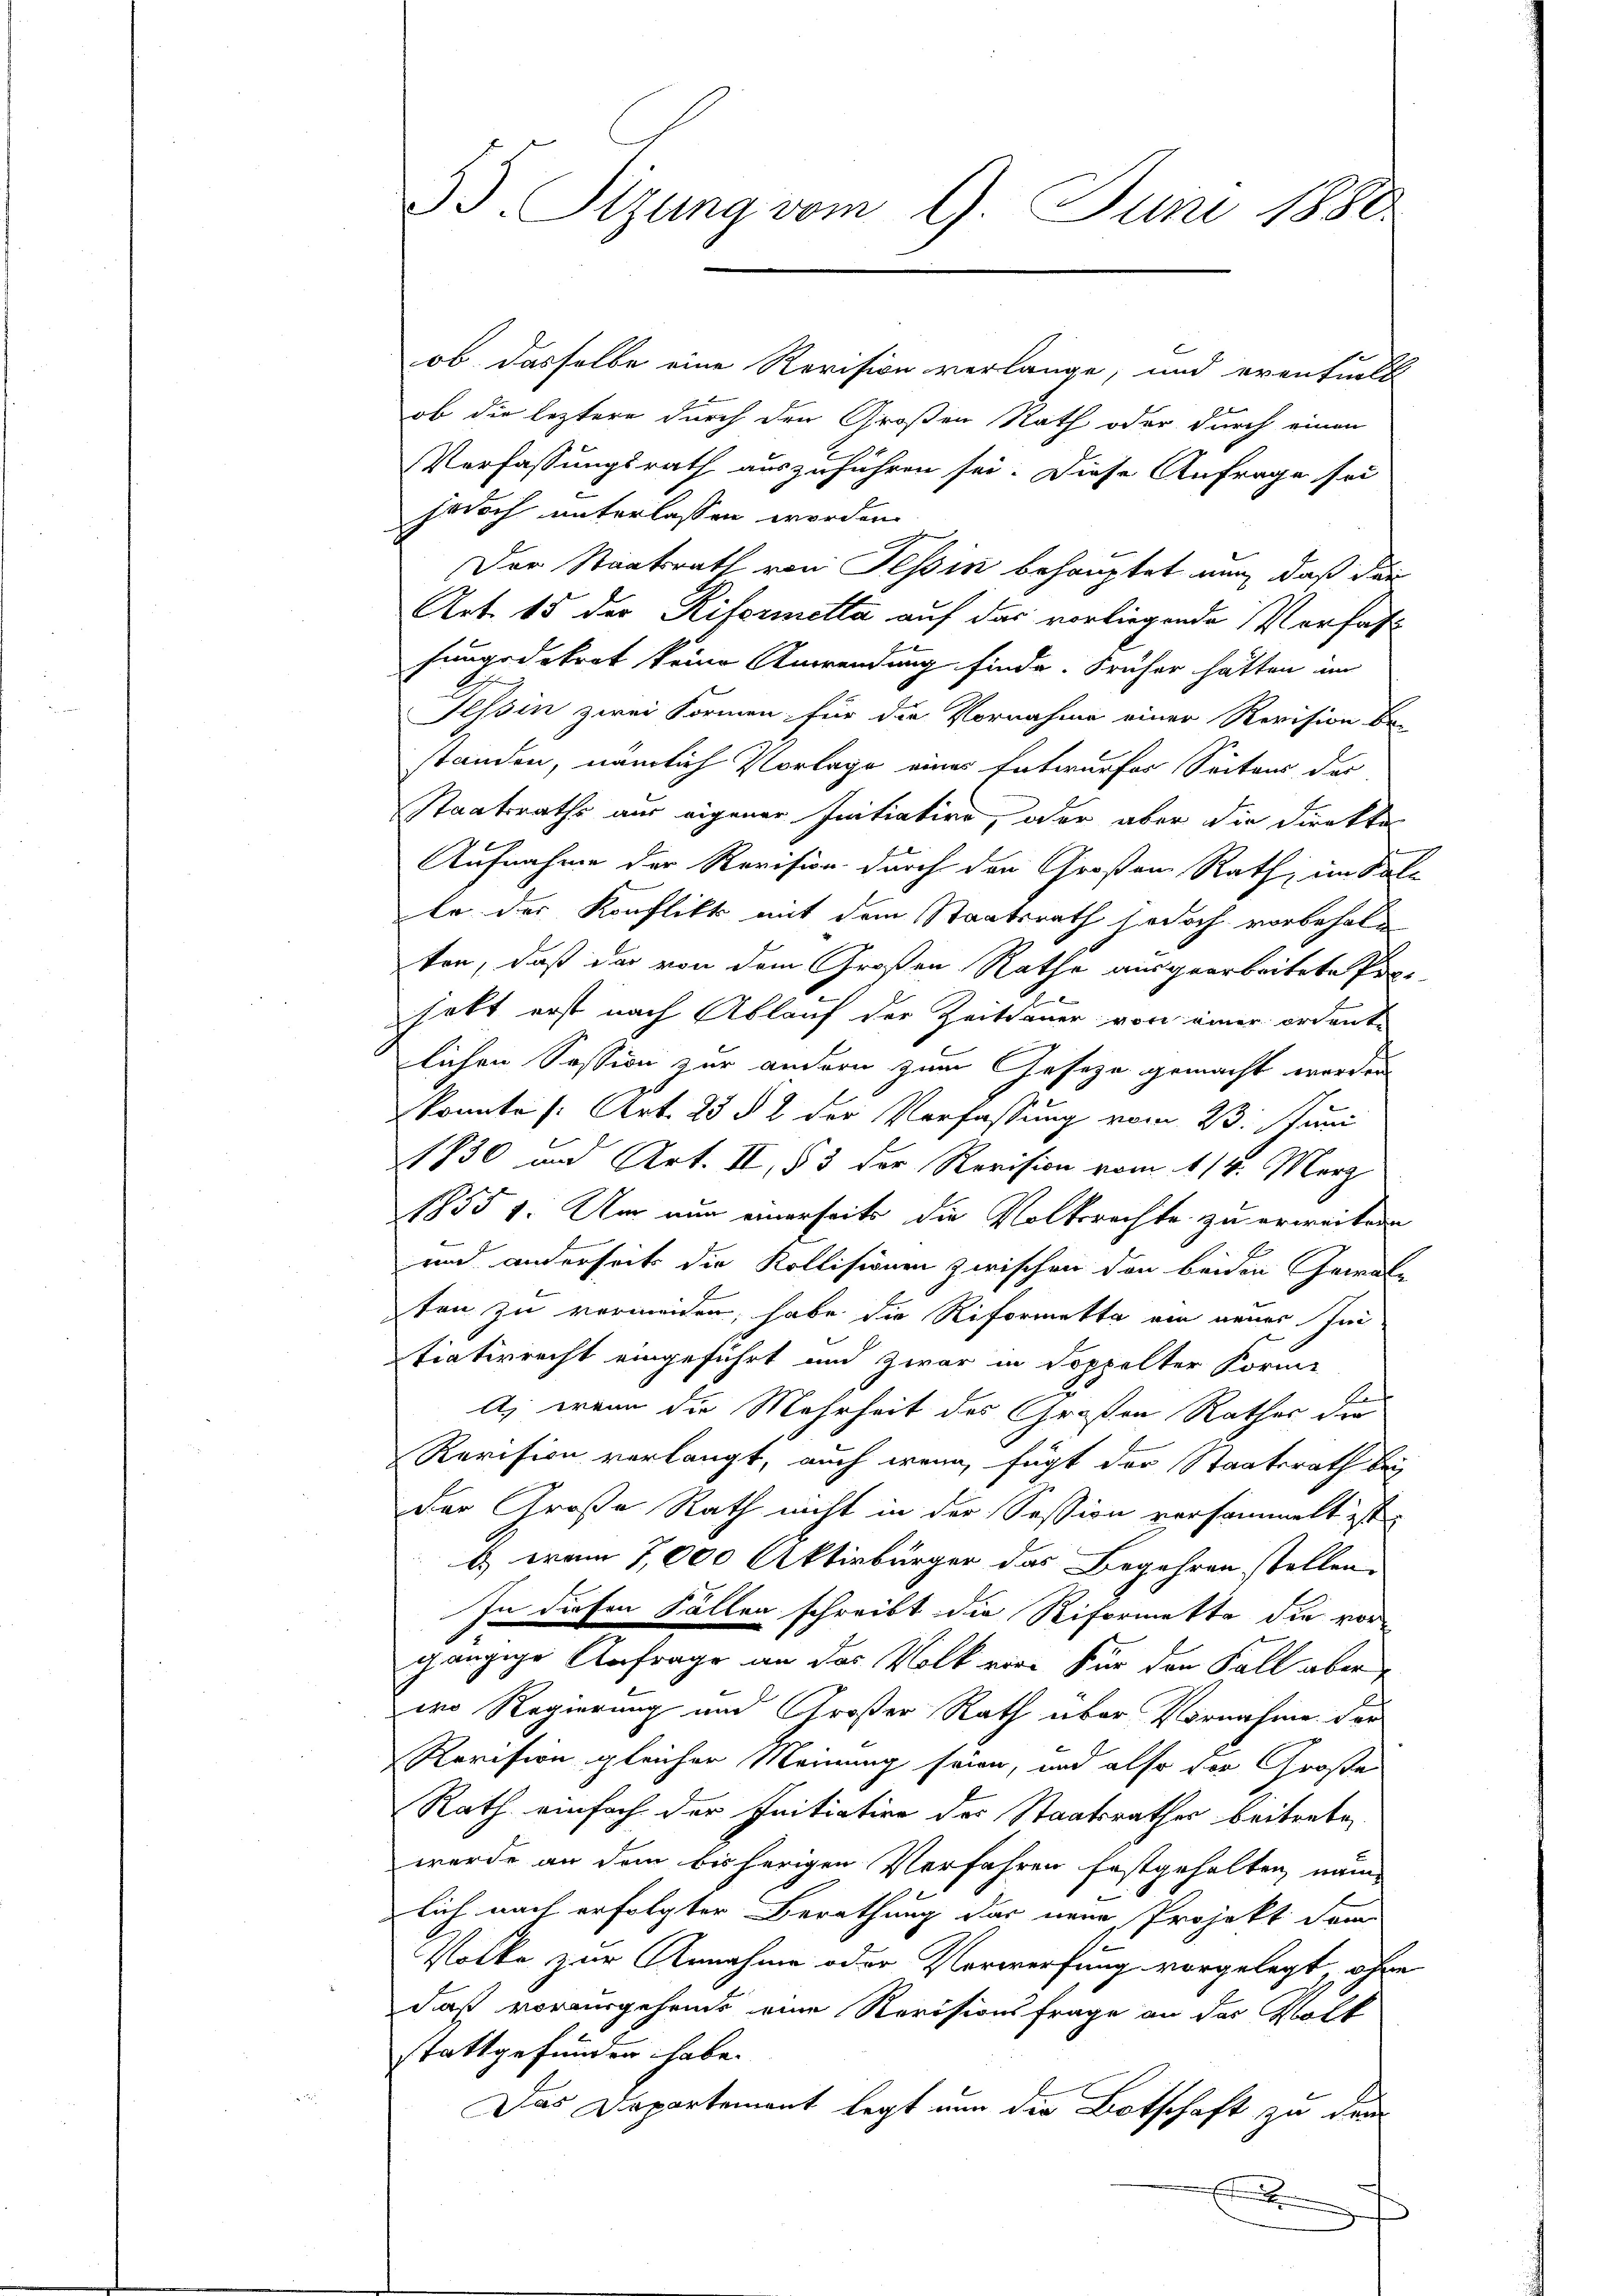
35. Sizung vom 9. Juni 1880

ob. Dasselbe eine Revision verlange, und eventuell
ob die leztere durch den Großen Rath oder durch einen
Verfassungsrath auszuführen sei. Diese Anfrage sei
jedoch unterlassen worden.
Der Staatsrath von Tessin behauptet nun, daß den
Art. 15 der Riformetta auf das vorliegende Vorsat
fungsdekret keine Anwendung finde. Früher hätten im
Tessin zwei Formen für die Vornahme einer Revision be-
standen, nämlich Vorlage eines Entwurfes Seitens der
Staatsraths aus eigener Initiative, oder aber die Direktes
Aufnahme der Revision durch den Großen Rath, im Sal-
le der Konflikt mit dem Staatsrath jedoch vorbehalken, daß das von dem Großen Rathe ausgearbeitete Pro-
hatt erst nach Ablauf der Zeitdauer von einer ordente

lichen Session zur andern zum Geseze gemacht werden
konnte (Art. 23 § 2 der Verfassung vom 23. Juni
1830 und Art. II, § 3 der Revision vom 114. März
18554. Um nun einerseits die Volksrechte zu erweitern
und anderseits die Kollisionen zwischen den beiden Gewal
E
ten zu vermeiden, habe die Riformette am neuer In
tiaterrecht eingeführt und zwar in doppelter Forme
E
A) wenn die Mehrheit des Großen Rathes der
Revision verlangt, auch wenn fügt der Staatsrath bei
Der Große Rath nicht in der Session versammelt ist.
b) von 7,000 Aktivbürger das Begehren stellen,
In diesen Fällen schreibt die Riformette die vorgängige Anfrage an das Volk von für den Fall aber
wo Regierung und Großer Rath über Vornahme der
Revision gleicher Meinung seien, und also der Große
Rath einfach der Initiation des Staatsrathes beitrete
werde an dem bisherigen Verfahren festgehalten, nam
lich nach erfolgter Berathung das neue Projekt dann
Volke zur Annahme oder Verwerfung vorgelegt, währe
daß vorausgehende eine Revisionsfrage an der Volk
stattgefunden habe.
Das Departement legt nun die Botschaft zu dem
E